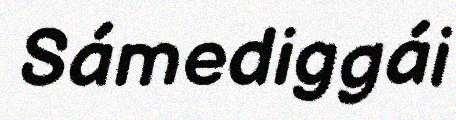
Sámediggái